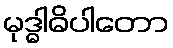
မုဒ္ဓါဓိပါတော